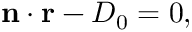
\mathbf { n } \cdot \mathbf { r } - D _ { 0 } = 0 ,